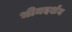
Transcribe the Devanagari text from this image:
भीमदर्शन